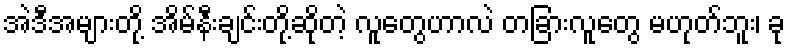
အဲဒီအများတို့ အိမ်နီးချင်းတို့ဆိုတဲ့ လူတွေဟာလဲ တခြားလူတွေ မဟုတ်ဘူး၊ ခု